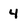
Character: 4